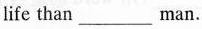
life than_________man.